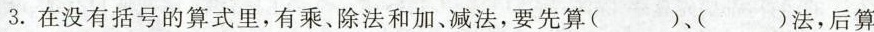
3.在没有括号的算式里，有乘、除法和加、减法，要先算( )、( )法，后算